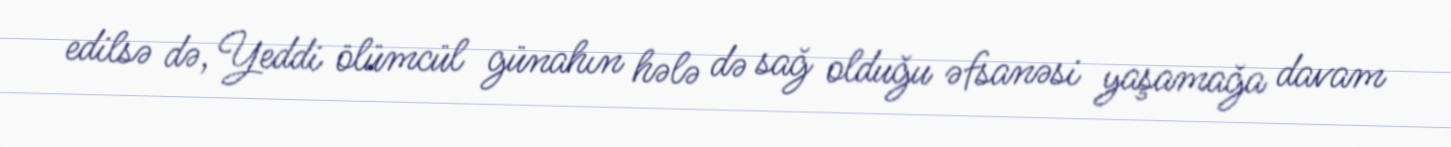
edilsə də, Yeddi ölümcül günahın hələ də sağ olduğu əfsanəsi yaşamağa davam